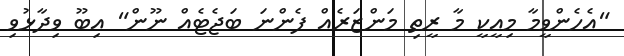
"އެހެންވީމާ މިއީކީ މާ ރީތި މަންޒަރެއް ފެންނަ ބަޖެޓެއް ނޫން" އިބޫ ވިދާޅުވި